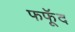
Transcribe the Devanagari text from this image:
फफूॅद